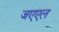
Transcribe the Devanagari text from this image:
जएएल